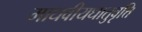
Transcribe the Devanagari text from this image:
माधवीयधातुवृत्ति